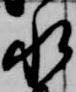
水